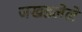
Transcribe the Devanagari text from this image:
जखडलेले